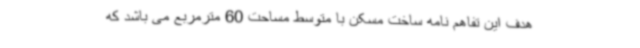
هدف این تفاهم نامه ساخت مسکن با متوسط مساحت 60 مترمربع می باشد که